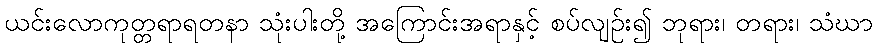
ယင်းလောကုတ္တရာရတနာ သုံးပါးတို့ အကြောင်းအရာနှင့် စပ်လျဉ်း၍ ဘုရား၊ တရား၊ သံဃာ